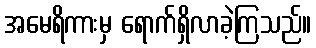
အမေရိကားမှ ရောက်ရှိလာခဲ့ကြသည်။